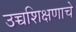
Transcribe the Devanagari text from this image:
उच्चशिक्षणाचे